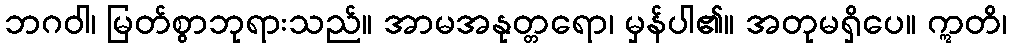
ဘဂဝါ၊ မြတ်စွာဘုရားသည်။ အာမအနုတ္တရော၊ မှန်ပါ၏။ အတုမရှိပေ။ ဣတိ၊